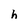
Character: h